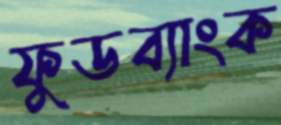
ফুডব্যাংক